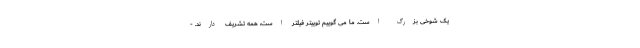
یک شوخی بزرگ است. ما می گوییم توییتر فیلتر است، همه تشریف دارند. -